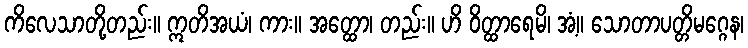
ကိလေသာတို့တည်း။ ဣတိအယံ၊ ကား။ အတ္ထော၊ တည်း။ ဟိ ဝိတ္ထာရေမိ၊ အံ့။ သောတာပတ္တိမဂ္ဂေန၊